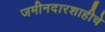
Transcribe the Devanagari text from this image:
जमीनदारशाहीचे